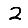
Digit: 2